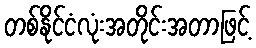
တစ်နိုင်ငံလုံးအတိုင်းအတာဖြင့်